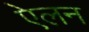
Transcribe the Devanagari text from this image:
एेलन